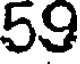
59